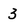
Character: 3